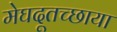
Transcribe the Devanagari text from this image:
मेघदूतच्छाया